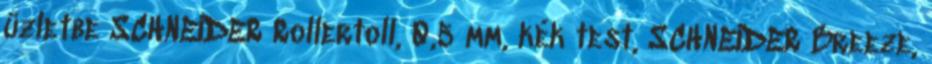
üzletbe SCHNEIDER Rollertoll, 0,5 mm, kék test, SCHNEIDER Breeze,